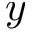
y